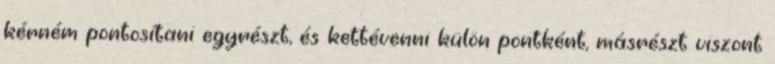
kérném pontosítani egyrészt, és kettévenni külön pontként, másrészt viszont